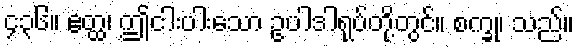
၄၃၆။ ဧတ္ထ၊ ဤငါးပါးသော ဥပါဒါရုပ်တို့တွင်။ စက္ခု၊ သည်။